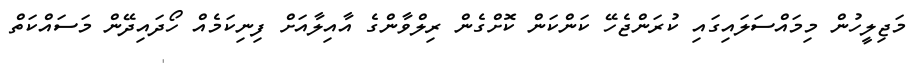
މަޖިލީހުން މިމައްސަލައިގައި ކުރަންޖެހޭ ކަންކަން ކޮށްގެން ރިލްވާންގެ އާއިލާއަށް ފިނިކަމެއް ހޯދައިދޭން މަސައްކަތް